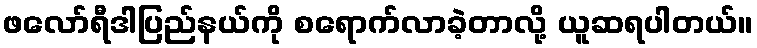
ဖလော်ရီဒါပြည်နယ်ကို စရောက်လာခဲ့တာလို့ ယူဆရပါတယ်။